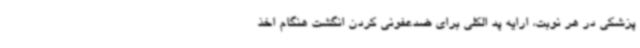
پزشکی در هر نوبت، ارایه پد الکلی برای ضدعفونی کردن انگشت هنگام اخذ